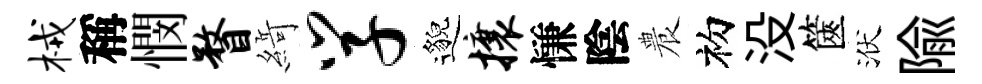
械稱憫瞀𦂶学邈攘慊陰農初没篋洑隃